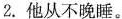
2.他从不晚睡。